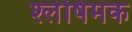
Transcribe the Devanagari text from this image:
श्लेषिमक